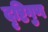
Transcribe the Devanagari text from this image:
दृष्टिगुण